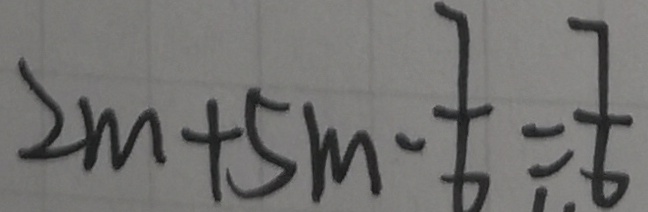
2 m + 5 m - \frac { 7 } { 6 } = \frac { 7 } { 6 }